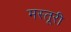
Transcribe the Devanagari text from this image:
मस्तूरी